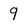
Character: 9